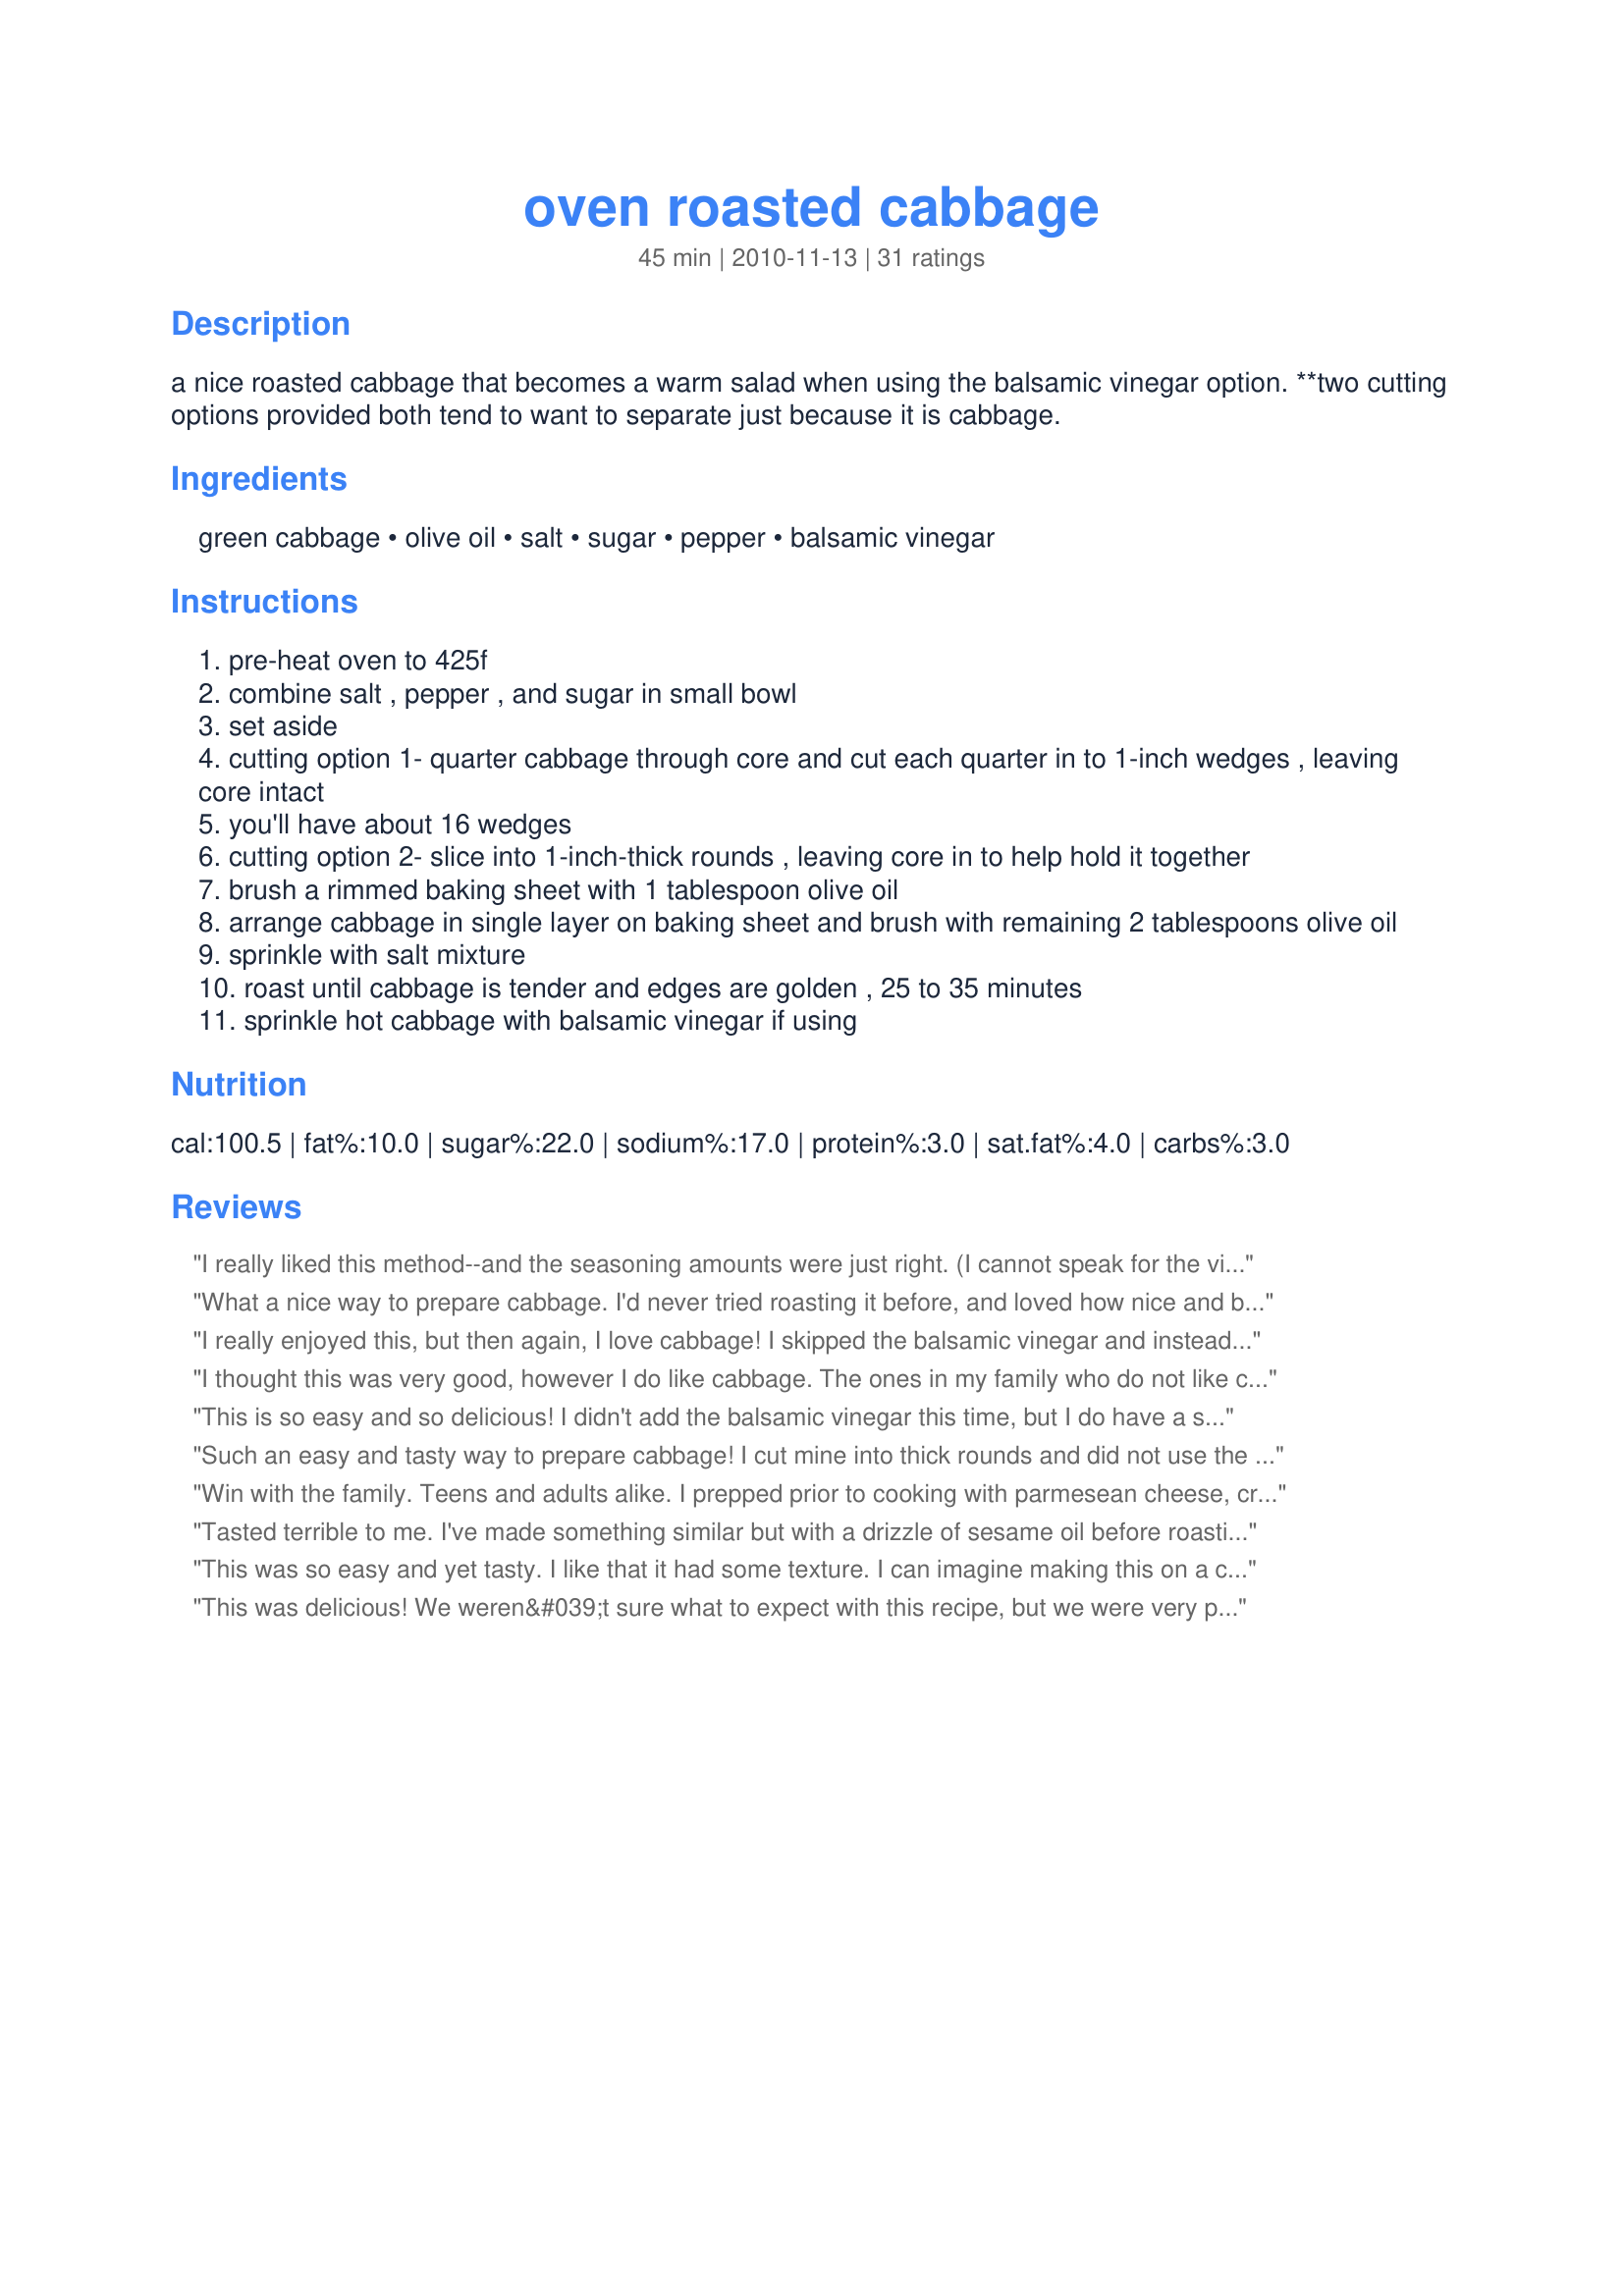
oven roasted cabbage
Preparation time: 45 minutes

a nice roasted cabbage that becomes a warm salad when using the balsamic vinegar option. **two cutting options provided both tend to want to separate just because it is cabbage.

Ingredients:
green cabbage, olive oil, salt, sugar, pepper, balsamic vinegar

Steps:
pre-heat oven to 425f
combine salt , pepper , and sugar in small bowl
set aside
cutting option 1- quarter cabbage through core and cut each quarter in to 1-inch wedges , leaving core intact
you'll have about 16 wedges
cutting option 2- slice into 1-inch-thick rounds , leaving core in to help hold it together
brush a rimmed baking sheet with 1 tablespoon olive oil
arrange cabbage in single layer on baking sheet and brush with remaining 2 tablespoons olive oil
sprinkle with salt mixture
roast until cabbage is tender and edges are golden , 25 to 35 minutes
sprinkle hot cabbage with balsamic vinegar if using

Reviews:
I really liked this method--and the seasoning amounts were just right. (I cannot speak for the vinegar, as I didn't use it.) So easy, too! Thanks for a keeper! (If I had to change something, I might reduce the heat to 400 as the edges seemed a little more burned than caramelized.)
What a nice way to prepare cabbage. I'd never tried roasting it before, and loved how nice and brown and carmelized it came out. The balsamic vinegar drizzle was just the perfect way to finish the dish. So easy, too. I'll definitely make this again.
I really enjoyed this, but then again, I love cabbage! I skipped the balsamic vinegar and instead, sprinkled with a little caraway... YUM!
I thought this was very good, however I do like cabbage. The ones in my family who do not like cabbage still did not like this. I tried mine with and without balsamic vinegar. It was good both ways. The vinegar was very strong and it was difficult for me to taste the cabbage. I did enjoy it, and if you like cabbage, you will love this - especially the nice brown parts!
This is so easy and so delicious! I didn't add the balsamic vinegar this time, but I do have a small amount leftover and I'll add the balsamic to that and give it a try. I cut mine into the wedges, and thought they turned out very good looking! Thanks for sharing. Made for Newest Tag.
Such an easy and tasty way to prepare cabbage! I cut mine into thick rounds and did not use the optional balsamic. The roasting gives the cabbage a great flavor and the seasoning is just wonderful too. Thanks for sharing the recipe!
Win with the family. Teens and adults alike. I prepped prior to cooking with parmesean cheese, creole seasoning olive oil and pepper. One cabbage made about 12 serving slices. Healthy and excellent as served with suggested vinegar but not needed.
Tasted terrible to me. I've made something similar but with a drizzle of sesame oil before roasting and no balsamic. It was way better.
This was so easy and yet tasty. I like that it had some texture. I can imagine making this on a cold day with some baked potatoes. I cut the salt in half and I think that was about right for me. I omitted the balsamic and still enjoyed it.
This was delicious! We weren&#039;t sure what to expect with this recipe, but we were very pleasantly surprised. The roasting really brings out the flavor of the cabbage and the balsamic vinegar pushes it over the top. I made this as written, except I used a garlic infused olive oil and I added quite a bit more balsamic vinegar because we love the stuff. Thank you for sharing this wonderful recipe...it is definitely a keeper!
Who knew that a few simple ingredients would taste so wonderful roasted in the oven. This was incredible, soft, tender and very flavorful. Thanks for sharing a recipe that I enjoyed my way and that my dh really enjoyed without the vinegar. Will definitely be making this again and again. Made for Culinary Quest - Russia.
So I tried this recipe thinking I'd give cabbage another chance - and I'm glad I did! Roasting is definitely the way to go with cabbage and the balsamic makes it even better. Why don't more people know about this? I cut it in wedges but next time I think I'll cut in circles to make for a more even roasting/seasoning. Thanks for the post!
Tasted geat and was easy to throw together. I did have a little trouble with the outsides burning and the inside needing to cook longer, but sometimes I think my oven gets hotter than it should. Will be using this again! Made for ZWT 7.
Seriously, if you have never tried an Oven Roasted Cabbage, you've not lived. No seriously, don't tell me you never...because I won't believe you. Made for Everyday Is A Holiday.
I was a bit disappointed with this, but the wife really liked it....& she doesn't normally care for cooked cabbage. Unless she wants it, IDK if I'll make it again or not. Thanks!
Wow this was really good and so easy to make. I cut the cabbage into slices about 1/4" thick. I sprayed my pan with Pam and sprayed the cabbage with spray butter instead of the olive oil. I didn't measure the salt and pepper, I just shook it on. I didn't add the sugar. Mine cooked up in about ten minutes I think because of how I had sliced it. It was so good and tasty. Everyone loved it.
The taste is fabulous. I wanted to try with balsamic but it was so good just like that. Thanks Deb :) Made for Holiday tag
I used the wedge-method for cutting my cabbage and it worked great. The cabbage tasted awesome. I had a fantastic dinner by serving this dish alongside Recipe#296023 and Pickled Beets.
Definitely would make this again. My kind of recipe-tasty, uses oven, and simple. I did put balsamic vinegar on for sure as I have some excellent aged balsamic-we even packed in our suitcase-didn't buy wine but bought vinegar. LOL! Thanks Debbwl for sharing.
Easy, simple & delicious. I never would have thought to oven roast cabbage. In one pic it is plain, which is tasty. The other pic has balsamic vinegar on the left and balsamic glaze on the right. Both are tasty....the vinegar has a bit more bite. this is not only tasty, but also lovely. Will be a great guest offering.
This is a great new way to enjoy cabbage and super easy. The roasting really brings out a nice mellow flavor! Made for Culinary Quest 2015 by a Toasted Tourist.
I loved this recipe! The cabbage was sweet and tender and tasted so good. I cut it in wedges and roasted it for 25 minutes. I also skipped the vinegar and used a bit of butter. Thanks for sharing. Made for ZWT7-Switzerland.
I think this is my new favorite way to cook cabbage, and the balsamic just adds an extra layer of yummy goodness.
My husband and I enjoyed this very much. The only downside was that it leaves quite an odor in the house! We didn&#039;t notice it until we left for a couple hours and came back home. I will make it again when it&#039;s warm enough to open windows and air out the house afterward! :)
I liked this. The cabbage was hard to work with and fell apart, and it did burn a bit... but that delicious roast cabbage flavor still came through at the end. I thought these didn&#039;t need anything at all except for salt &amp; pepper.
This was fantastic! I had half a small head of cabbage which was perfect for ds10 and I (ds8 doesn't care for cabbag) and we absolutely loved it. I did skip the balsamic vinegar, but only because I completely forgot ! LoL. It was a warm day so I cooked it in the toaster oven and it worked out very nicely. Made with Recipe #441475 and Recipe #425238 for a lovely Swiss dinner. Thanks for posting Debbwl! Made and enjoyed for team Mischief Makers - ZWT, Switzerland :)
This will be a favorite of mine. Delicious! I forgot to top off with the balsamic vinager but it was still wicked good!! I might try it the next time.
Maybe one of the easiest sides I've ever made. DH and I really enjoyed it, the kids said it was 'OK', but ate it (yay!). Thanks.
I really liked this. I just realized that I forgot the balsamic vinegar. I can't wait to try it again. It is a great inexpensive side dish that you can have year around.
Turns out roasting is a great prep method for cabbage! It makes sense, since we are used to roasting so many other vegetables, and it intensifies their flavor. I think this would convert non-lovers of cabbage too. I skipped the sugar and used shredded cabbage and baked for 16-17 minutes, and it was evenly browned. It was good both with and without the balsamic vinegar.
I love roasted vegetables, but had never tried roasted cabbage. This was delicious! I used the balsamic vinegar and it was perfect. Thanks! Made for Everyday is a Holiday!
